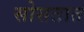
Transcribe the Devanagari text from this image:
सोसतात